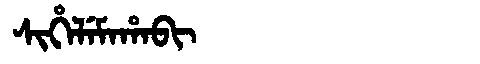
Manchu: ᠰᡳᡥᡝᠯᡝᠮᠠᡥᠠᠪᡳ
Romanization: SIHELEMAHABI